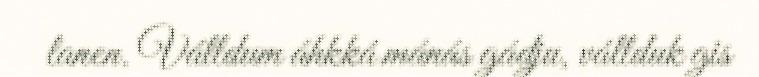
lanen. Válldum áhkká mánás gádju, vállduk gis